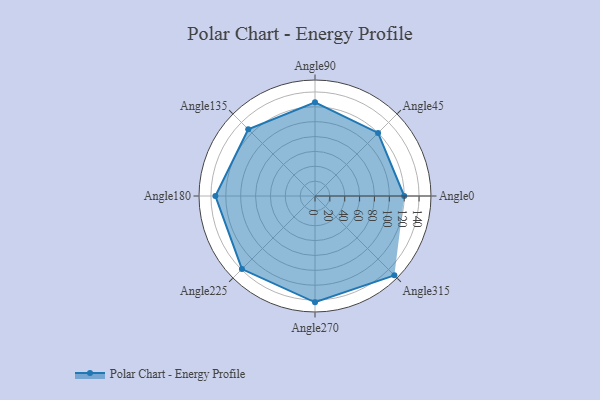
{"axis": {"x": "Angle", "y": "Radius"}, "legend": [""], "data": [{"x": "Angle0", "y": 120.0, "type": ""}, {"x": "Angle45", "y": 120.0, "type": ""}, {"x": "Angle90", "y": 126.0, "type": ""}, {"x": "Angle135", "y": 127.0, "type": ""}, {"x": "Angle180", "y": 134.0, "type": ""}, {"x": "Angle225", "y": 139.0, "type": ""}, {"x": "Angle270", "y": 143.0, "type": ""}, {"x": "Angle315", "y": 151.0, "type": ""}]}